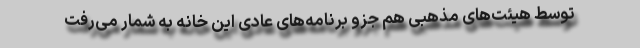
توسط هیئت‌‌های مذهبی هم جزو برنامه‌های عادی این خانه به‌ شمار می‌رفت